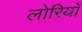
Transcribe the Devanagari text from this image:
लोरियाँ